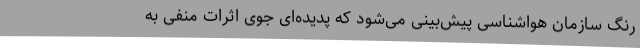
‌رنگ سازمان هواشناسی پیش‌بینی می‌شود که پدیده‌ای جوی اثرات منفی به